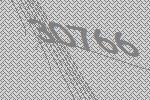
30766